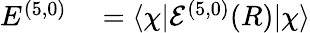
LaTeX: \begin{array}{rl}{E^{(5,0)}}&{{}=\langle\chi\lvert{\cal{E}}^{(5,0)}(R)\rvert\chi\rangle}\end{array}